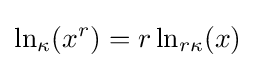
\ln _{\kappa }(x^{r})=r\ln _{r\kappa }(x)